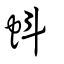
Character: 蚪